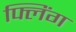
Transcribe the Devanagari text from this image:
फ्लिंग